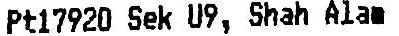
PT17920 SEK U9, SHAH ALAM